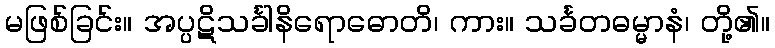
မဖြစ်ခြင်း။ အပ္ပဋိသင်္ခါနိရောဓောတိ၊ ကား။ သင်္ခတဓမ္မာနံ၊ တို့၏။